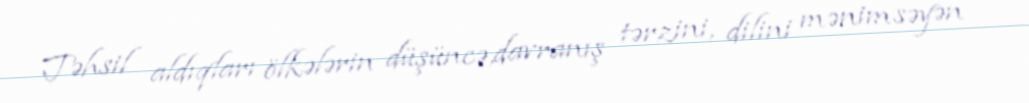
Təhsil aldıqları ölkələrin düşüncə,davranış tərzini, dilini mənimsəyən